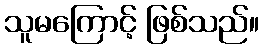
သူမကြောင့် ဖြစ်သည်။